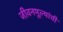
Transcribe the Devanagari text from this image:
जीवनमूल्यांची